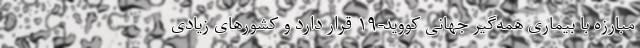
مبارزه با بیماری همه‌گیر جهانی کووید-۱۹ قرار دارد و کشورهای زیادی